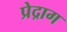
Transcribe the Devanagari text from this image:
प्रेद्राग